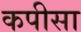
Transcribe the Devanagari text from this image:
कपीसा